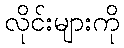
လိုင်းများကို